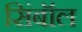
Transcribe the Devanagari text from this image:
सिंबॉल